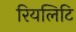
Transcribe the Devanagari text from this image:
रियलिटि